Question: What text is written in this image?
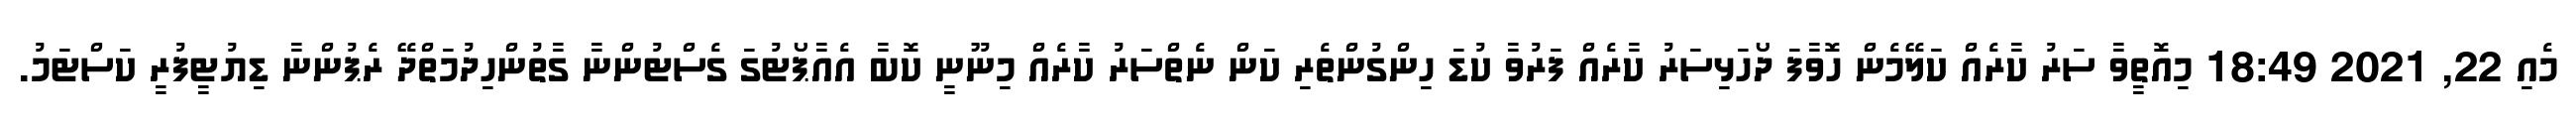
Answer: މެއި 22, 2021 18:49 މިއޮތީވާ ސަރު ކާރެއް ކަލޭމެން ހޮވާފަ ދޯހަޅިސަރު ކާރެއް ފަރުވާ ކުޑަ ހިންގުންތެރި ކަން ނެތްސަރު ކާރެއް މިނޫނީ ކޮބާ އެއާޕޯޓުގަ ގެސްޓުންނާ ގާތުންހިދުމަތްދޭ ރެޕުންނާ ޑިޔުޓީފުރީ ކަސްޓަމު.